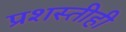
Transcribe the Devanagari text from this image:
प्रशस्तीही